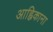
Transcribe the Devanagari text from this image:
आह्निकाना